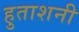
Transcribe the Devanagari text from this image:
हुताशनी